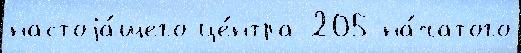
настоjа́щего це́нтра 205 на́чатого